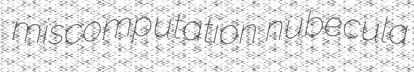
miscomputation nubecula